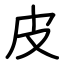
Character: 皮